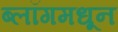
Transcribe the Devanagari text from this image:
ब्लॉगमधून